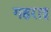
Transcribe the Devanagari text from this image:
गहराइ